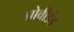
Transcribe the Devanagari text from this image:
प्रोवीडंड